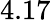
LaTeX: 4.17